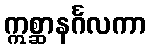
ဣစ္ဆာနင်္ဂလကာ